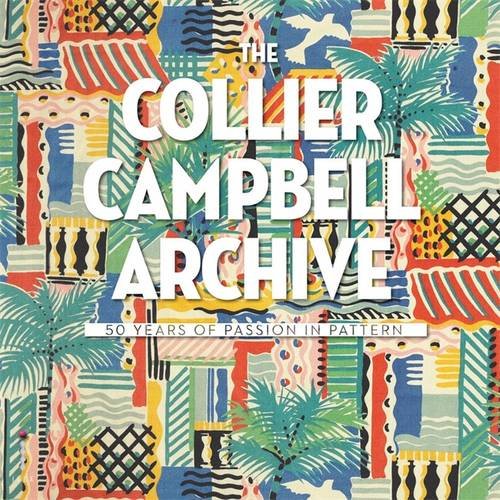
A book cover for The Collier-Campbell Archive: 50 Years of Passion in Pattern; Susan Collier; Arts & Photography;